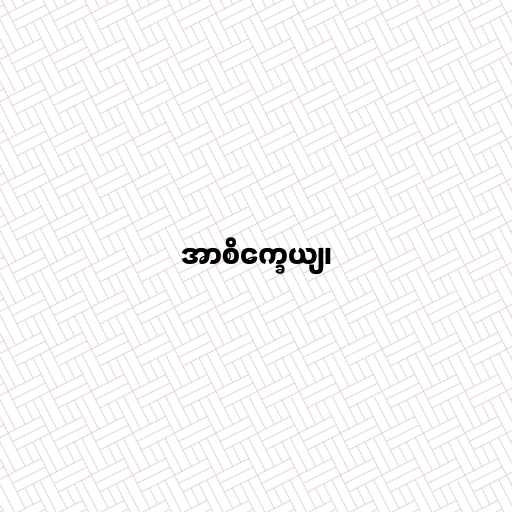
အာစိက္ခေယျ၊